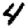
Digit: 4